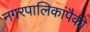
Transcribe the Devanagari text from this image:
नगरपालिकांपैकी